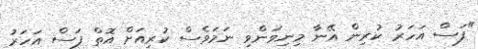
"ފަސް އަހަރު ކުރިން އޭނާ މިނިވަންވި ނަމަވެސް ކުރިއަށް އޮތް ފަސް އަހަރު